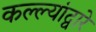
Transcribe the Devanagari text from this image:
कल्ल्यांद्वारे